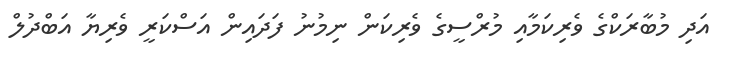
އަދި މުބާރަކްގެ ވެރިކަމާއި މުރްސީގެ ވެރިކަން ނިމުނު ފަދައިން އަސްކަރީ ވެރިޔާ އަބްދުލް